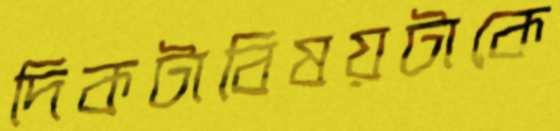
দিকটাবিষয়টাকে